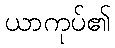
ယာကုပ်၏